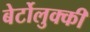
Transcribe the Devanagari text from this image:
बेर्टोलुक्की